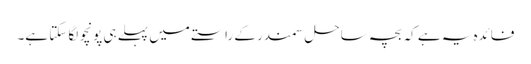
فائدہ یہ ہے کہ بچہ ساحل سمندر کے راستے میں پہلے ہی پونچو لگا سکتا ہے۔